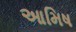
આમિષ